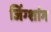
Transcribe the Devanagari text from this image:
जिंग्शांग